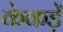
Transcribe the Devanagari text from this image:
केकड़ें